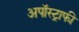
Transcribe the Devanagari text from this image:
अपॉस्ट्राफी